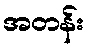
အတန်း